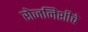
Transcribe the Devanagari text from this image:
रोजनिशीचे